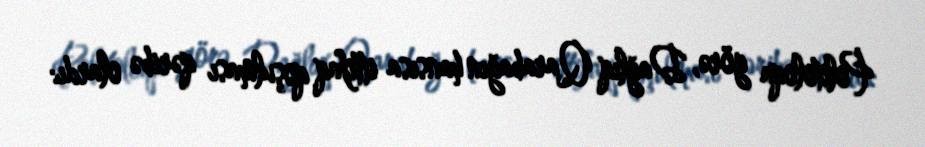
Politoloqa görə, Dağlıq Qarabağın hansısa ittifaq qoşulması qəribə olardı: